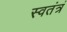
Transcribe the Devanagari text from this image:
स्वतंत्रं